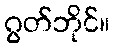
ဂွတ်ဘိုင်။